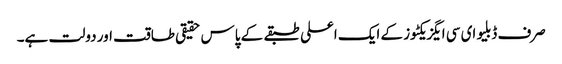
صرف ڈبلیو ای سی ایگزیکٹوز کے ایک اعلی طبقے کے پاس حقیقی طاقت اور دولت ہے۔